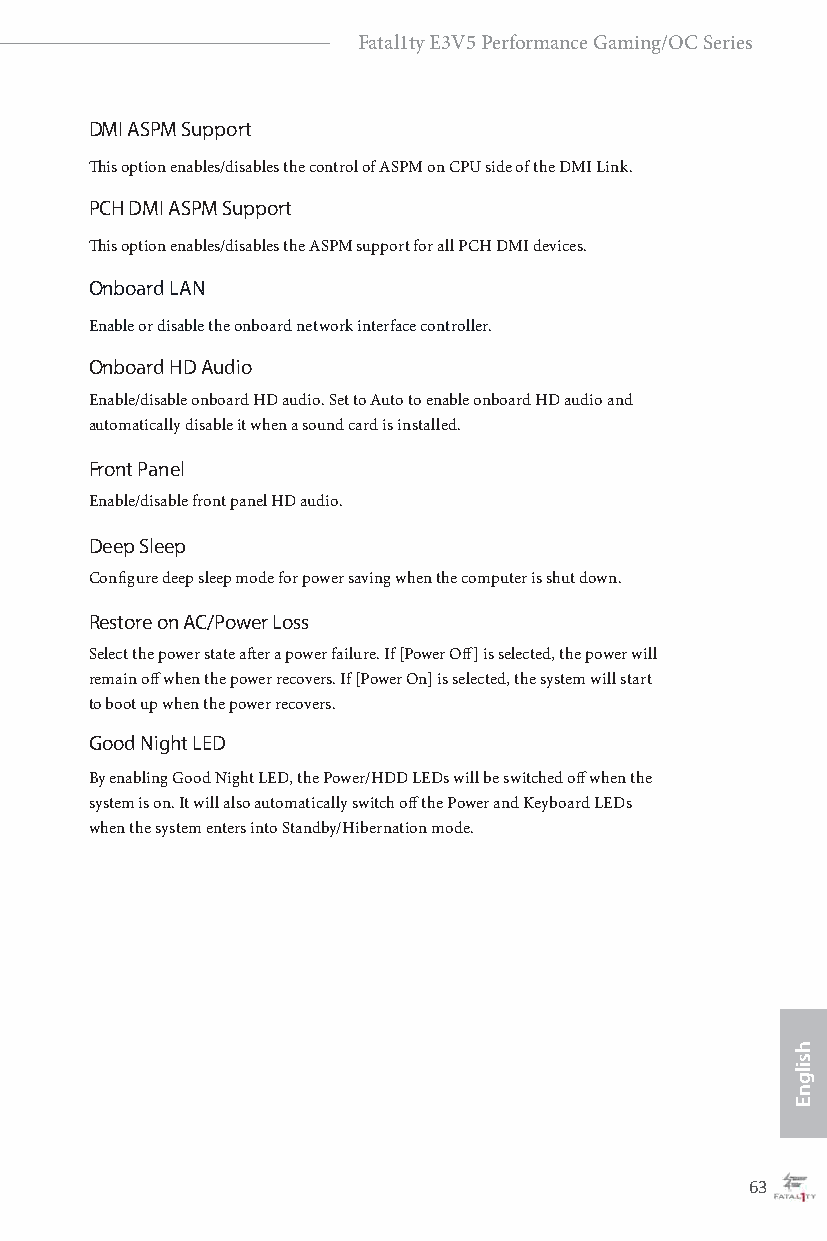
Fatal1ty E3V5 Performance Gaming/OC Series
 DMI ASPM Support
 This option enables/disables the control of ASPM on CPU side of the DMI Link.
 PCH DMI ASPM Support
 This option enables/disables the ASPM support for all PCH DMI devices.
 Onboard LAN
 Enable or disable the onboard network interface controller.
 Onboard HD Audio
 Enable/disable onboard HD audio. Set to Auto to enable onboard HD audio and
 automatically disable it when a sound card is installed.
 Front Panel
 Enable/disable front panel HD audio.
 Deep Sleep
 Configure deep sleep mode for power saving when the computer is shut down.
 Restore on AC/Power Loss
 Select the power state after a power failure. If [Power Off] is selected, the power will
 remain off when the power recovers. If [Power On] is selected, the system will start
 to boot up when the power recovers.
 Good Night LED
 By enabling Good Night LED, the Power/HDD LEDs will be switched off when the
 system is on. It will also automatically switch off the Power and Keyboard LEDs
 when the system enters into Standby/Hibernation mode.
 62                                                63
 hsilgnE